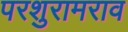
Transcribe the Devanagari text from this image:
परशुरामराव